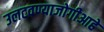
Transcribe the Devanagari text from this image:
उलटवण्याजोगीआहे